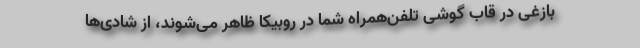
بازغی در قاب گوشی تلفن‌همراه شما در روبیکا ظاهر می‌شوند، از شادی‌ها